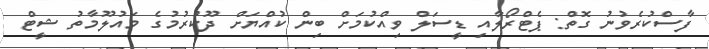
ފާސްކުރެވުނު ގޮތް: ޕެޓްރޯލާއި ޑީސަލް ވިއްކުމަށް ބިން ކުއްޔަށް ދޫކުރުމުގެ މައުލޫމާތު ޝީޓް